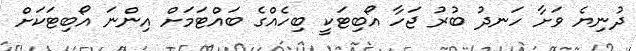
ދުނިޔެ ވަށާ ހަނދު ބުރު ޖަހާ އޯބިޓަކީ ބިހެއްގެ ބައްޓަމަށް އިންނަ އޯބިޓަކަށް